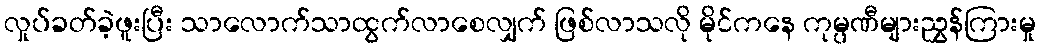
လှုပ်ခတ်ခဲ့ဖူးပြီး သာလောက်သာထွက်လာစေလျှက် ဖြစ်လာသလို မိုင်ကနေ ကုမ္ပဏီများညွှန်ကြားမှု